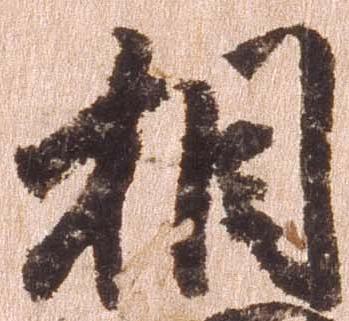
相